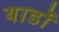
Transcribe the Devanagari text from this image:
यार्डों